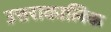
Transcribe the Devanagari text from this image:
उत्तराकालिक